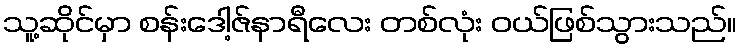
သူ့ဆိုင်မှာ စန်းဒေါ့ဇ်နာရီလေး တစ်လုံး ဝယ်ဖြစ်သွားသည်။